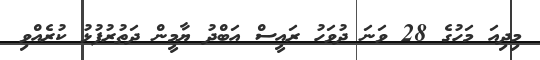
މިދިއަ މަހުގެ 28 ވަނަ ދުވަހު ރައީސް އަބްދު ޔާމީން ދަތުރުފުޅު ކުރެއްވި